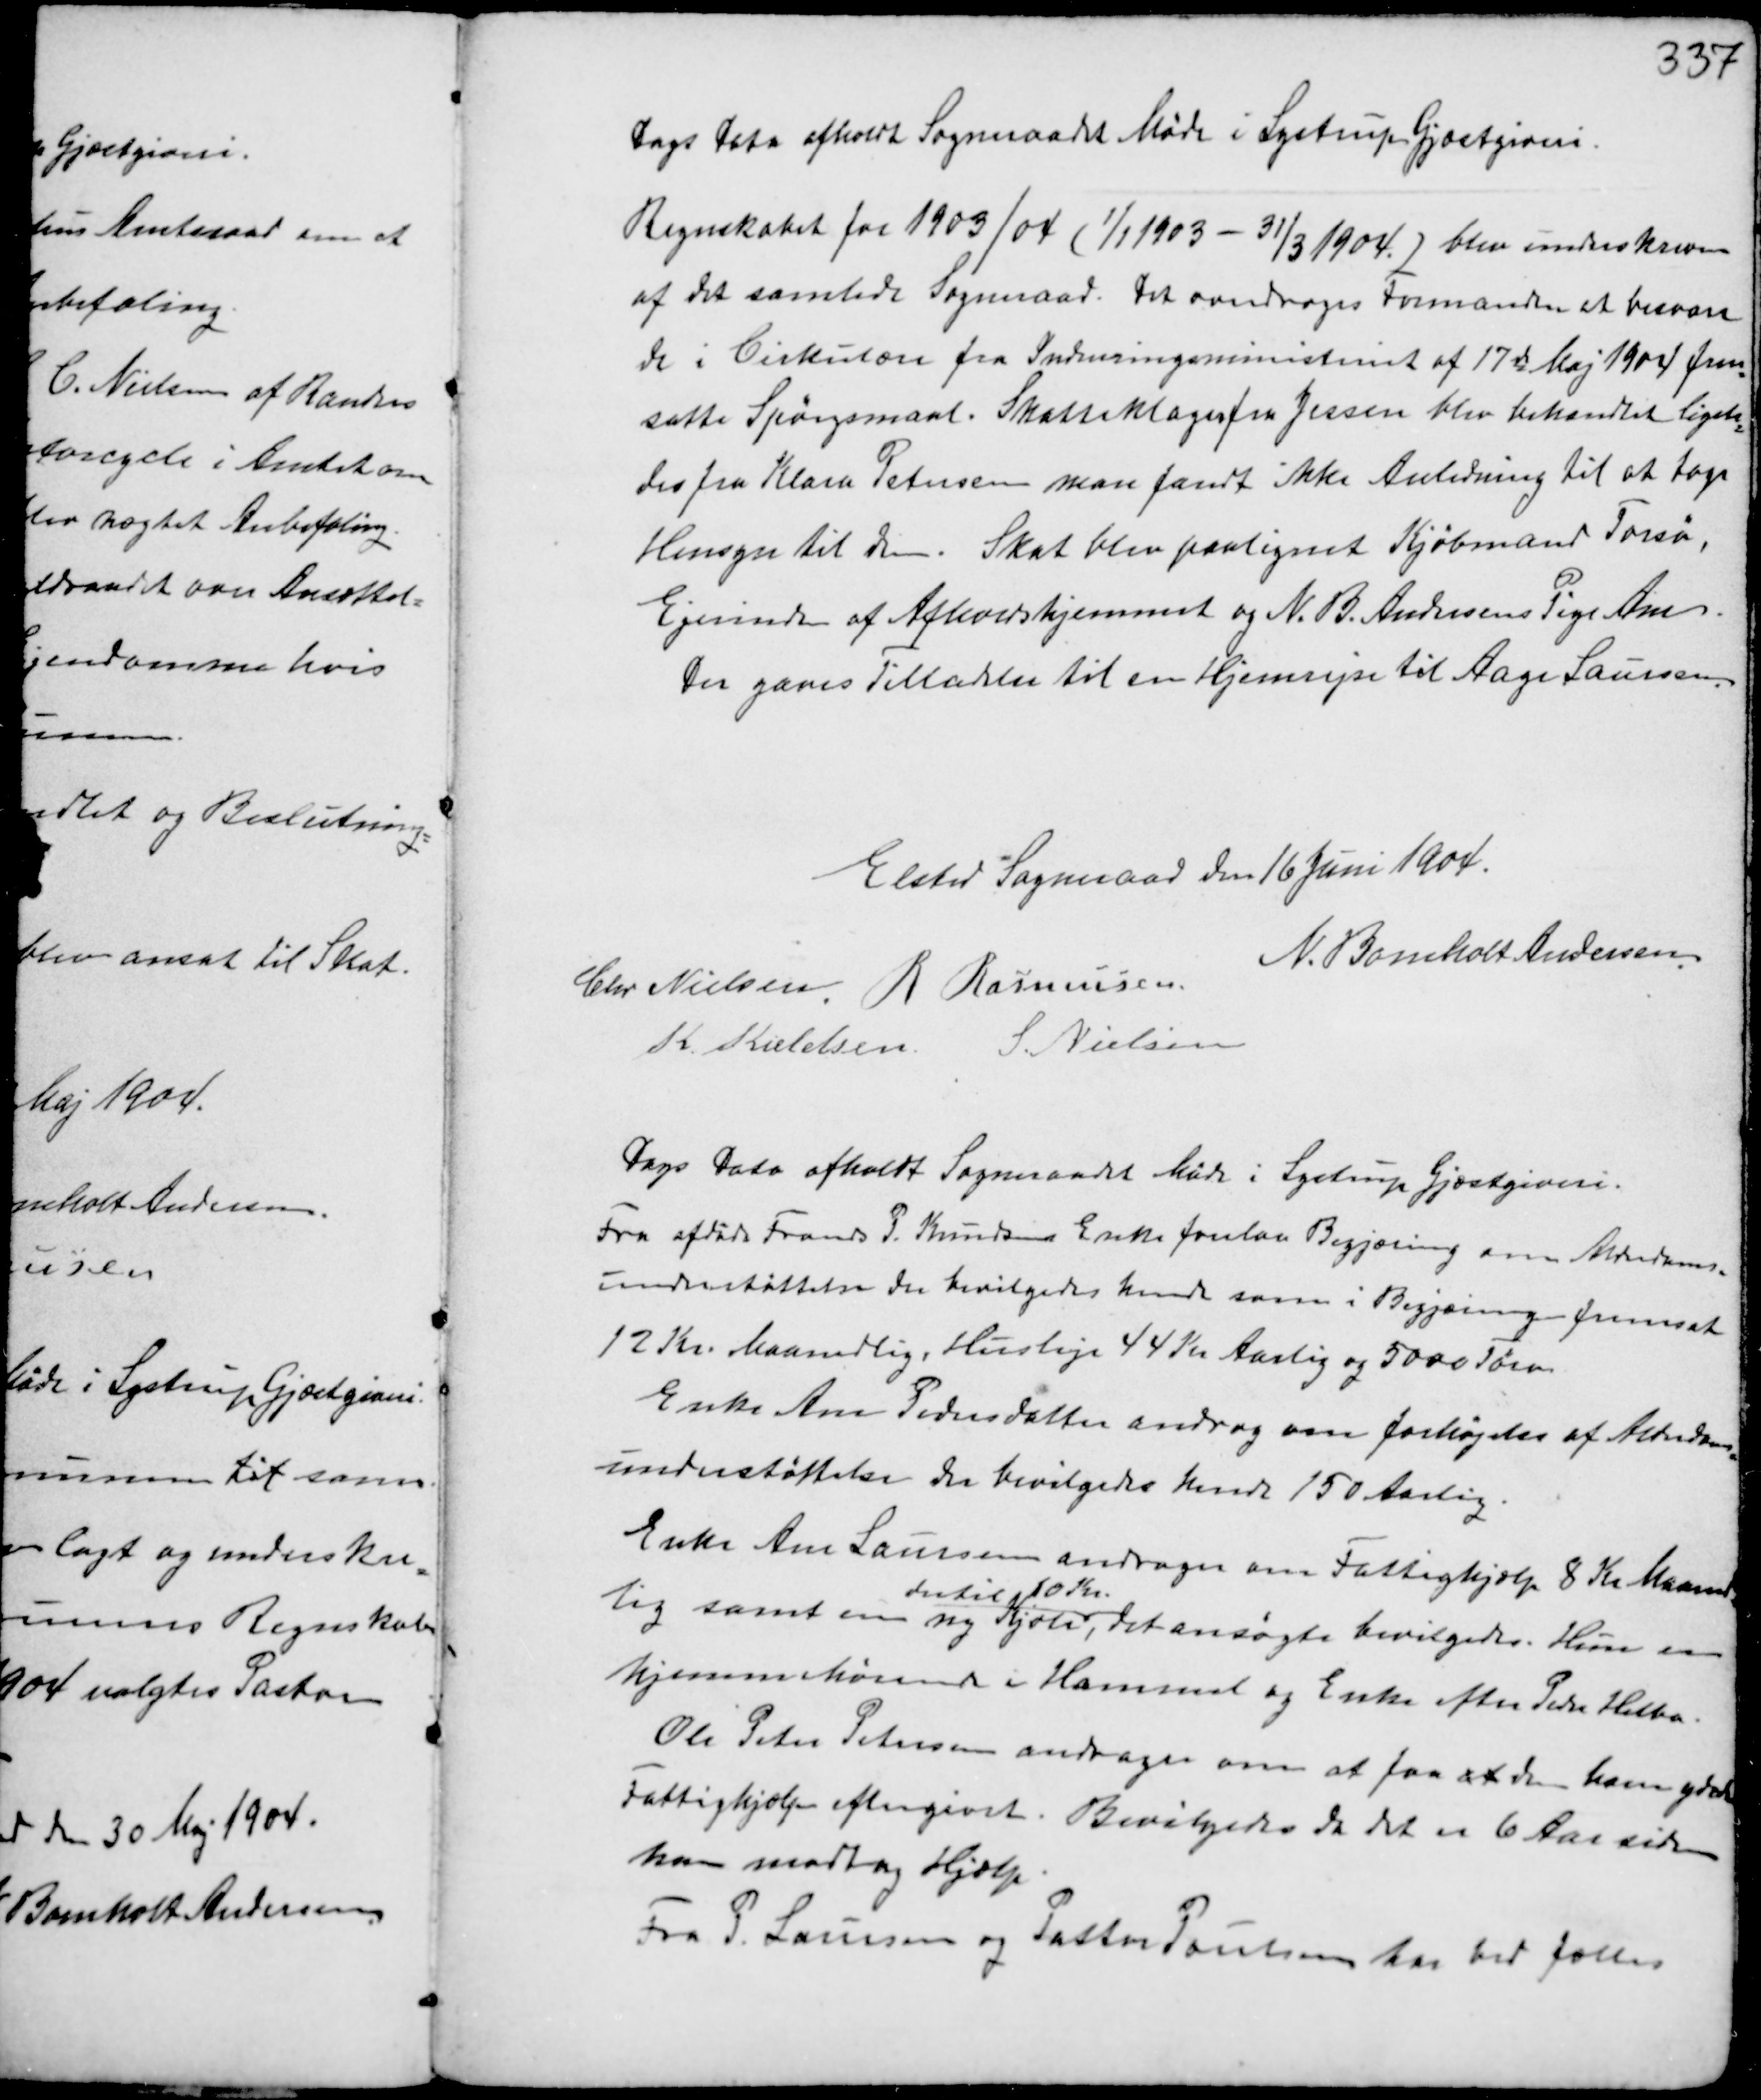
Transskription:
Dags Dato afholdt Sogneraadet Møde i Lystrup Gjæstgiveri.
Regnskabet for 1903/04 (1/1 1903 - 31/3 1904) blev underskreven
af det samlede Sogneraad. Det overdrages Formanden at besvare
de i Cirkulære fra Indenrigsministeriet af 17de Maj 1904 frem-
satte Spørgsmaal. Skatteklage fra Jessen blev behandlet ligele-
des fra Klara Petersen man fandt ikke Anledning til at tage
Hensyn til dem. Skat blev paalignet Kjøbmand Torsø,
Ejerinden af Afholdshjemmet og N.B. Andersens Pige Ane.
Der gaves Tilladelse til en Hjemrejse til Aage Laursen.

Elsted Sogneraad den 16 Juni 1904.
Chr Nielsen R Rasmussen
N. Bomholt Andersen
K. Kieldsen S. Nielsen

Dags Dato afholdt Sogneraadet Møde i Lystrup Gjæstgiveri.
Fra afdøde Frands P. Knudsens Enke forelaa Begjæring om Alderdoms-
understøttelse der bevilgedes hende som i Begjæring fremsat
12 Kr. Maanedlig, Husleje 44 Kr Aarlig og 5000 Tørv.
Enke Ane Pedersdatter androg om forhøjelse af Alderdoms-
understøttelse der bevilgedes hende 150 Aarlig.
Enke Ane Laursen andrager om Fattighjælp 8 Kr Maaned-
lig samt en ny Kjole,
dertil 10 Kr.
det ansøgte bevilgedes. Hun er
hjemmehørende i Hammel og Enke efter Peder Helbo.
Ole Peter Petersen andrager om at faa at den ham ydede
Fattighjælp eftergivet. Bevilgedes da det er 6 Aar siden
han modtog Hjælp.
Fra P Laursen og Pastor Poulsen har ved fælles